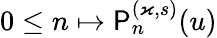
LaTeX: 0\leq n\mapsto\mathsf{P}_{n}^{(\varkappa,s)}(u)